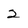
Character: 2